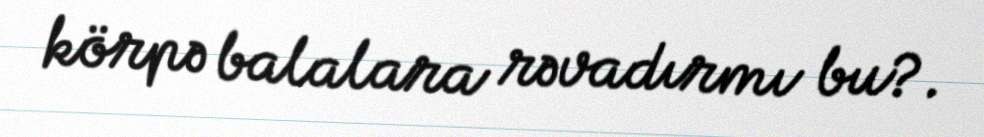
körpə balalara rəvadırmı bu?.